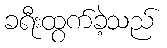
ခရီးထွက်ခဲ့သည်